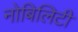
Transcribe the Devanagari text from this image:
नोबिलिटी